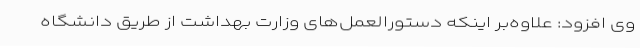
وی افزود: علاوه‌بر اینکه دستورالعمل‌های وزارت بهداشت از طریق دانشگاه